Civil Veterinary Dept. Assam report 1927-50 - 1927-1950
Year: 1927
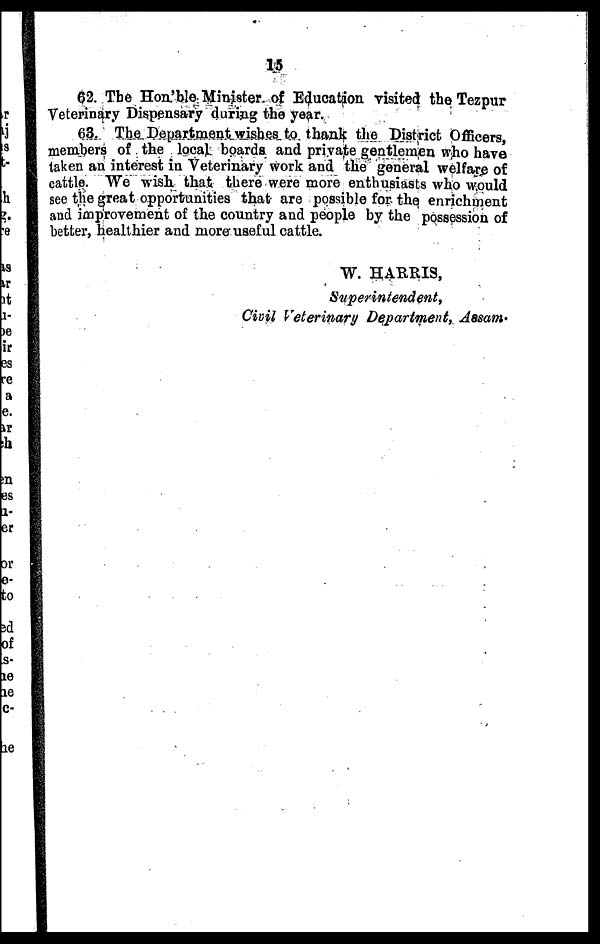
15
62. The Hon'ble Minister of Education visited the Tezpur
Veterinary Dispensary during the year.
63. The Department wishes to thank the District Officers,
members of the local boards and private gentlemen who have
taken an interest in Veterinary work and the general welfare of
cattle. We wish that there were more enthusiasts who would
see the great opportunities that are possible for the enrichment
and improvement of the country and people by the possession of
better, healthier and more useful cattle.
W. HARRIS,
Superintendent,
Civil Veterinary Department, Assam.